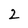
Character: 2